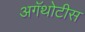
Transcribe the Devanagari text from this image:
अगॅथोटीस